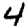
Digit: 4